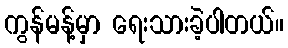
ကွန်မန့်မှာ ရေးသားခဲ့ပါတယ်။